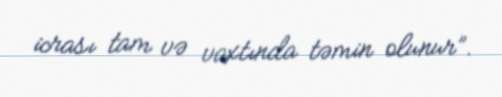
icrası tam və vaxtında təmin olunur”.